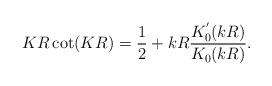
LaTeX: \begin{align*}KR\cot(KR)=\frac{1}{2}+kR\frac{K_{0}^{^{\prime}}(kR)}{K_{0}(kR)}.\end{align*}